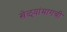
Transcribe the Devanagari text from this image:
खेळ्यांमागची